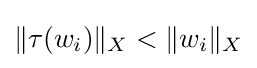
\|\tau (w_{i})\|_{X}<\|w_{i}\|_{X}